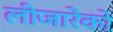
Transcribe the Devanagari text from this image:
लीजारेंको